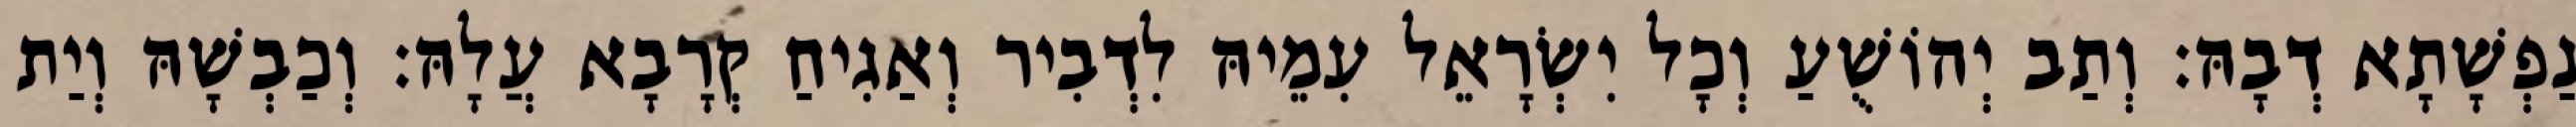
נַפְשָׁתָא דְבָהּ׃ וְתַב יְהוֹשֻׁעַ וְכָל יִשְׂרָאֵל עִמֵיהּ לִדְבִיר וְאַגִיחַ קְרָבָא עֲלָהּ׃ וְכַבְשָׁהּ וְיַת